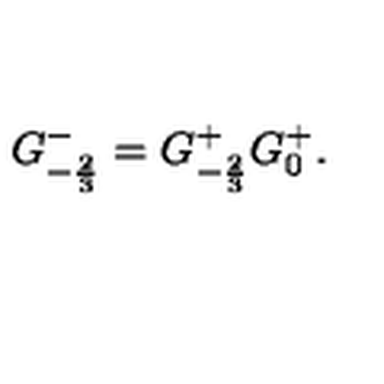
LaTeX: G _ { - { \frac { 2 } { 3 } } } ^ { - } = G _ { - { \frac { 2 } { 3 } } } ^ { + } { G _ { 0 } ^ { + } } .